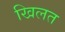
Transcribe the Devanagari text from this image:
खिलत